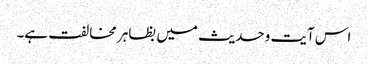
اس آیت وحدیث میں بظاہر مخالفت ہے۔